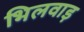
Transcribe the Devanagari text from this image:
भिलवाड़